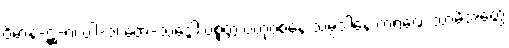
ဝိမာန-ဋ္ဌ-၈၊ ပါ-၁၊ တေ-သဒ္ဒေါ ပစ္စတ္တ ဗဟုဝစနေ သမ္ပဒါနေ ကရဏေ သာမိအတ္ထေ